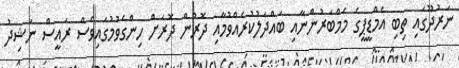
ނަރުދޫގައި ތިބި އެމްޑީޕީގެ މެމްބަރުންނާއި ބައްދަލުކުރެއްވުމާއި ދޮރުން ދޮރަށް ހިންގެވުމުގައިވެސް ރައީސް ނަޝިދު